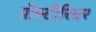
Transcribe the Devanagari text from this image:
पॉस्टीरियर